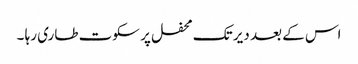
اس کے بعد دیر تک محفل پر سکوت طاری رہا ۔